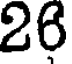
26